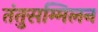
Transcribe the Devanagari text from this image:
तंतुसम्मिलन